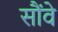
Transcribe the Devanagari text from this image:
सौंवे